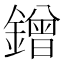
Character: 鏳